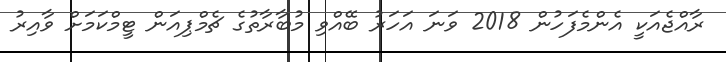
ރާއްޖެއަކީ އެންމެފަހުން 2018 ވަނަ އަހަރު ބޭއްވި މުބާރާތުގެ ޗެމްޕިއަން ޓީމްކަމަށް ވާއިރު